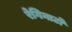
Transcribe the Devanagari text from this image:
रेगिनाटो